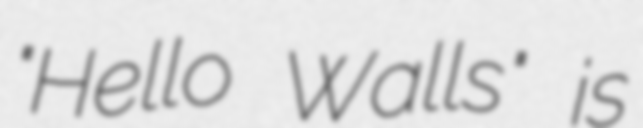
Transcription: "Hello Walls" is